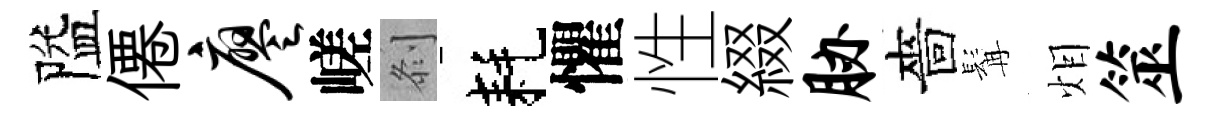
隘僊廖嵯𠛴耗懼性綴胁嗇髯𤇆筮